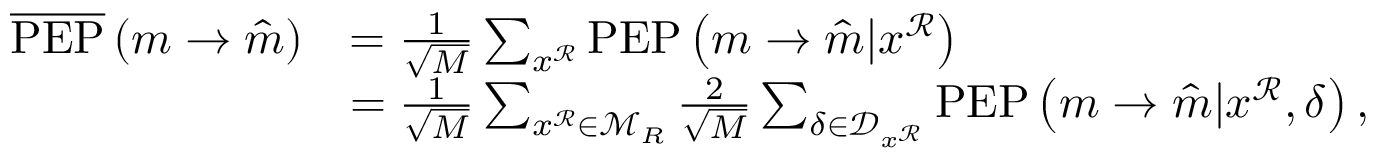
\begin{array} { r l } { \overline { { \mathrm { P E P } } } \left( m \rightarrow \hat { m } \right) } & { = \frac { 1 } { \sqrt { M } } \sum _ { x ^ { \mathcal { R } } } \mathrm { P E P } \left( m \rightarrow \hat { m } | x ^ { \mathcal { R } } \right) } \\ & { = \frac { 1 } { \sqrt { M } } \sum _ { x ^ { \mathcal { R } } \in \mathcal { M } _ { R } } \frac { 2 } { \sqrt { M } } \sum _ { \delta \in \mathcal { D } _ { x ^ { \mathcal { R } } } } \mathrm { P E P } \left( m \rightarrow \hat { m } | x ^ { \mathcal { R } } , \delta \right) , } \end{array}